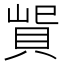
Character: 𰷃